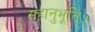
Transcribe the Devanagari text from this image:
सहानुभूति।